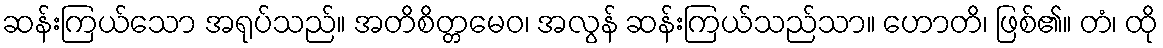
ဆန်းကြယ်သော အရုပ်သည်။ အတိစိတ္တမေဝ၊ အလွန် ဆန်းကြယ်သည်သာ။ ဟောတိ၊ ဖြစ်၏။ တံ၊ ထို